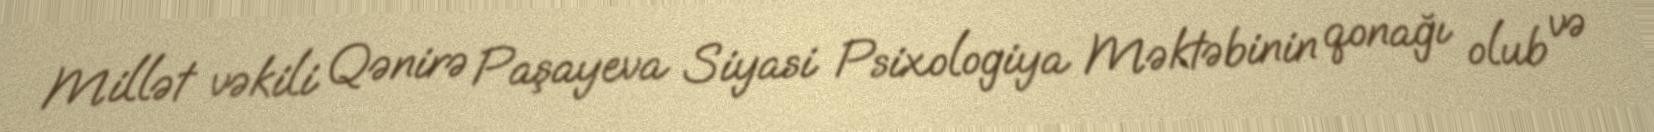
Millət vəkili Qənirə Paşayeva Siyasi Psixologiya Məktəbinin qonağı olub və